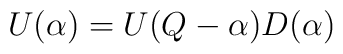
U(\alpha)=U(Q-\alpha)D(\alpha)